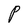
Character: P